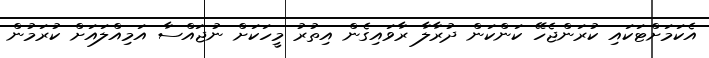
އެކަމަށްޓަކައި ކުރަންޖެހޭ ކަންކަން ދުރާލާ ރާވައިގެން އިތުރު މީހަކަށް ނުޖައްސާ އަމިއްލައަށް ކުރަމުން